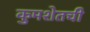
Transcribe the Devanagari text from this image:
कुमशेतची